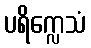
ပရိက္လေသံ